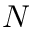
N